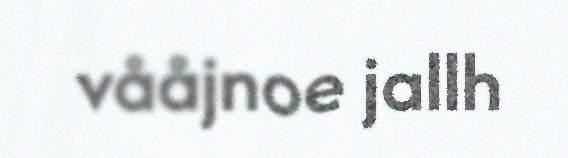
vååjnoe jallh